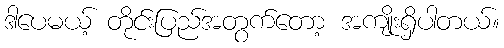
ဒါပေမယ့် တိုင်းပြည်အတွက်တော့ အကျိုးရှိပါတယ်။